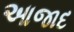
આજાદ